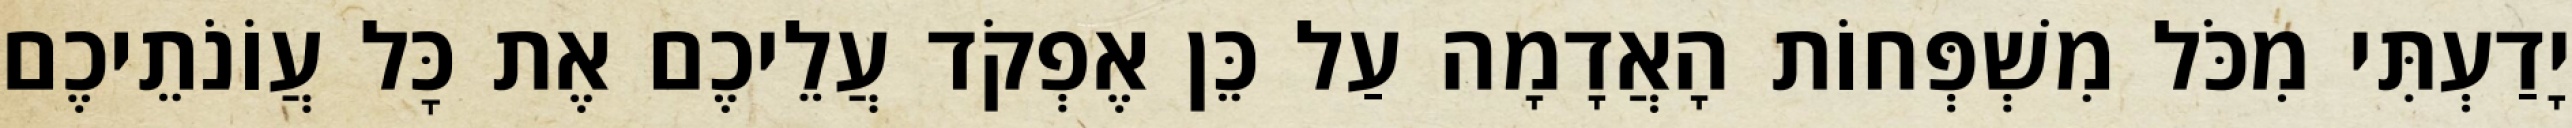
יָדַעְתִּי מִכֹּל מִשְׁפְּחוֹת הָאֲדָמָה עַל כֵּן אֶפְקֹד עֲלֵיכֶם אֶת כׇּל עֲוֹנֹתֵיכֶם